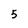
Character: 5